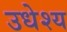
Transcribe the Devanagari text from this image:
उधेश्य